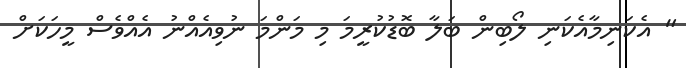
" އެކަނިމާއެކަނި ލޯބިން ބަލާ ބޮޑުކުރީމަ މި މަންމަ ނުވިއެއްނު އެއްވެސް މީހަކަށް